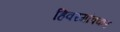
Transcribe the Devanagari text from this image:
हिवरगांवकर